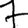
Digit: 7